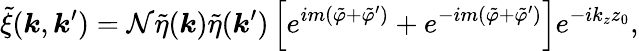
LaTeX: \tilde{\xi}(\boldsymbol{k},\boldsymbol{k}^{\prime})=\mathcal{N}\tilde{\eta}(\boldsymbol{k})\tilde{\eta}(\boldsymbol{k}^{\prime})\left[e^{im(\tilde{\varphi}+\tilde{\varphi}^{\prime})}+e^{-im(\tilde{\varphi}+\tilde{\varphi}^{\prime})}\right]e^{-ik_{z}z_{0}},